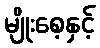
မျိုးစေ့နှင့်